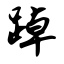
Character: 踔